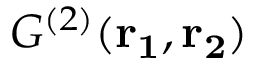
{ G ^ { ( 2 ) } } ( \mathbf { r _ { 1 } , r _ { 2 } } )